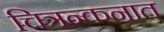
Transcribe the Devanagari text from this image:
चित्रन्कनात